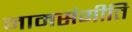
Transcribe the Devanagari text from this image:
नामसंगीति